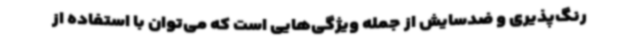
رنگ‌پذیری و ضدسایش از جمله ویژگی‌هایی است که می‌توان با استفاده از